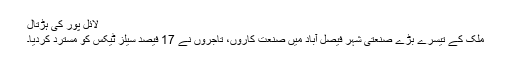
لائل پور کی ہڑتال
ملک کے تیسرے بڑے صنعتی شہر فیصل آباد میں صنعت کاروں، تاجروں نے 17 فیصد سیلز ٹیکس کو مسترد کردیا۔